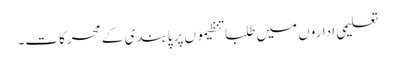
تعلیمی اداروں میں طلبا تنظیموں پر پابندی کے محرکات۔